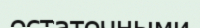
остаточными